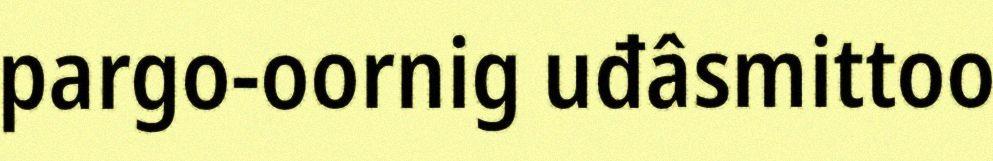
pargo-oornig uđâsmittoo